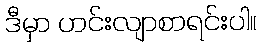
ဒီမှာ ဟင်းလျာစာရင်းပါ။